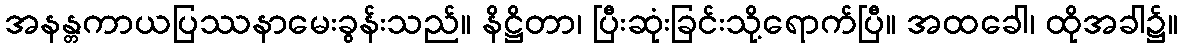
အနန္တကာယပြဿနာမေးခွန်းသည်။ နိဋ္ဌိတာ၊ ပြီးဆုံးခြင်းသို့ရောက်ပြီ။ အထခေါ၊ ထိုအခါ၌။